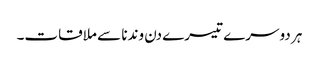
ہر دوسرے تیسرے دن وندنا سے ملاقات۔